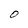
Character: O